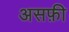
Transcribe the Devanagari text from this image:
असफ़ी